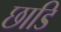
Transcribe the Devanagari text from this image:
छाडि